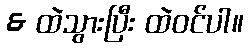
& ထဲသွားပြီး ထဲဝင်ပါ။